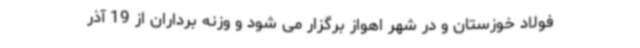
فولاد خوزستان و در شهر اهواز برگزار می شود و وزنه برداران از 19 آذر